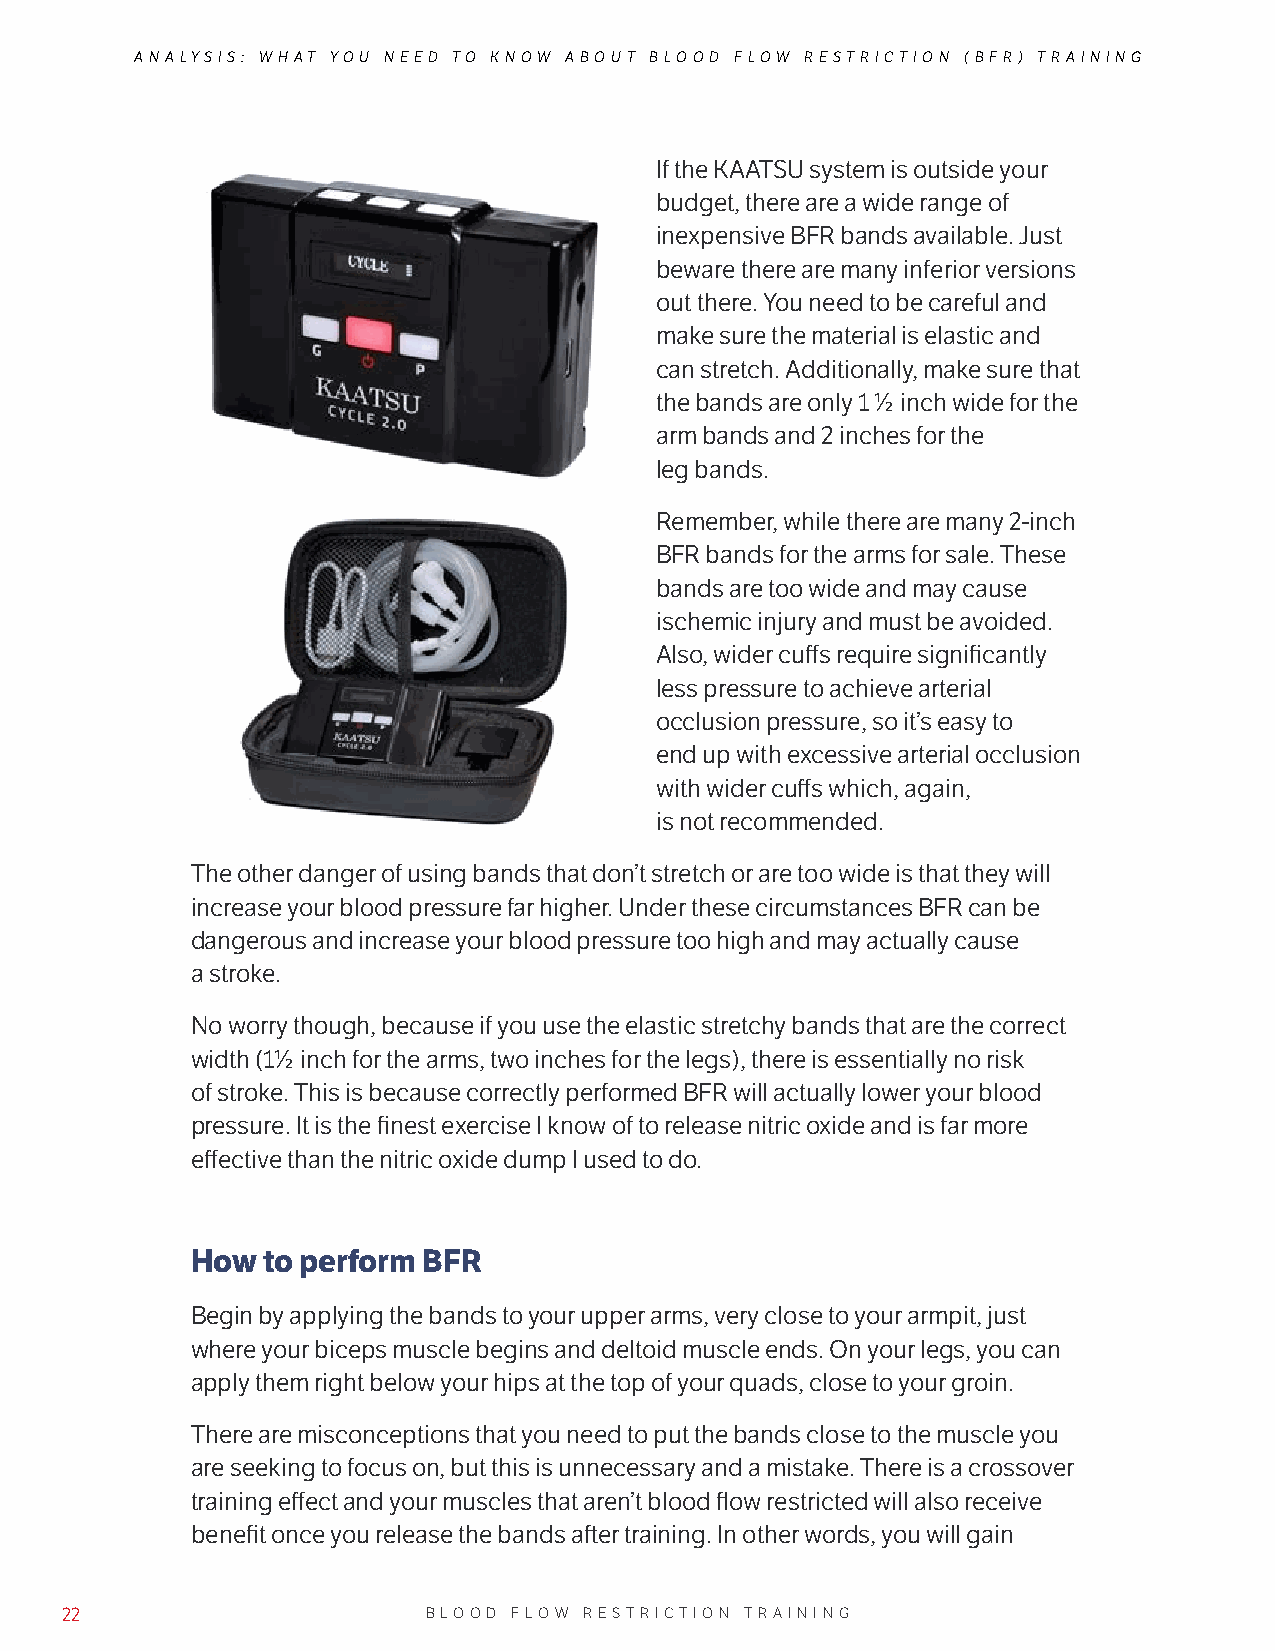
ANALYSIS: WHAT YOU NEED TO KNOW ABOUT BLOOD FLOW RESTRICTION (BFR) TRAINING
 If the KAATSU system is outside your
 budget, there are a wide range of
 inexpensive BFR bands available. Just
 beware there are many inferior versions
 out there. You need to be careful and
 make sure the material is elastic and
 can stretch. Additionally, make sure that
 the bands are only 1 ½ inch wide for the
 arm bands and 2 inches for the
 leg bands.
 Remember, while there are many 2-inch
 BFR bands for the arms for sale. These
 bands are too wide and may cause
 ischemic injury and must be avoided.
 Also, wider cuffs require significantly
 less pressure to achieve arterial
 occlusion pressure, so it’s easy to
 end up with excessive arterial occlusion
 with wider cuffs which, again,
 is not recommended.
 The other danger of using bands that don’t stretch or are too wide is that they will
 increase your blood pressure far higher. Under these circumstances BFR can be
 dangerous and increase your blood pressure too high and may actually cause
 a stroke.
 No worry though, because if you use the elastic stretchy bands that are the correct
 width (1½ inch for the arms, two inches for the legs), there is essentially no risk
 of stroke. This is because correctly performed BFR will actually lower your blood
 pressure. It is the finest exercise I know of to release nitric oxide and is far more
 effective than the nitric oxide dump I used to do.
 How to perform BFR
 Begin by applying the bands to your upper arms, very close to your armpit, just
 where your biceps muscle begins and deltoid muscle ends. On your legs, you can
 apply them right below your hips at the top of your quads, close to your groin.
 There are misconceptions that you need to put the bands close to the muscle you
 are seeking to focus on, but this is unnecessary and a mistake. There is a crossover
 training effect and your muscles that aren’t blood flow restricted will also receive
 benefit once you release the bands after training. In other words, you will gain
 22                      BLOOD FLOW RESTRICTION TRAINING